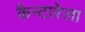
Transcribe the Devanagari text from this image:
कैन्टारेला